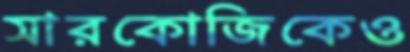
সারকোজিকেও